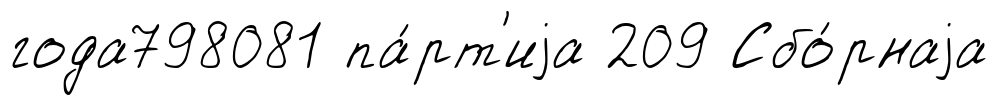
года798081 па́рт'иjа 209 Сбо́рнаjа